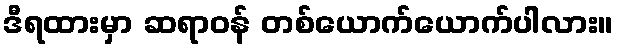
ဒီရထားမှာ ဆရာဝန် တစ်ယောက်ယောက်ပါလား။